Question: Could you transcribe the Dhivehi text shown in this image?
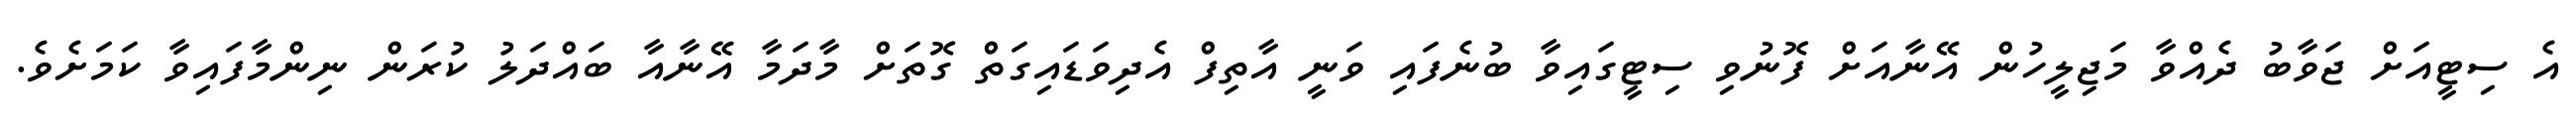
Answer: އެ ސިޓީއަށް ޖަވާބު ދެއްވާ މަޖިލީހުން އޭނާއަށް ފޮނުވި ސިޓީގައިވާ ބުނެފައި ވަނީ އާތިފް އެދިވަޑައިގަތް ގޮތަށް މާދަމާ އޭނާއާ ބައްދަލު ކުރަން ނިންމާފައިވާ ކަމަށެވެ.